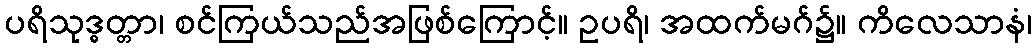
ပရိသုဒ္ဓတ္တာ၊ စင်ကြယ်သည်အဖြစ်ကြောင့်။ ဥပရိ၊ အထက်မဂ်၌။ ကိလေသာနံ၊